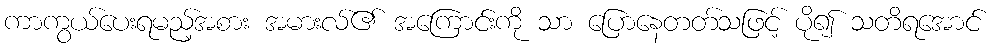
ကာကွယ်ပေးရမည့်အစား အမားလ်၏ အကြောင်းကို သာ ပြောနေတတ်သဖြင့် ပို၍ သတိရအောင်